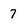
Character: 7